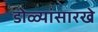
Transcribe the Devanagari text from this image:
डोळ्यांसारखे